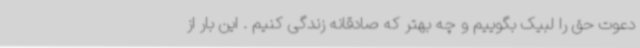
دعوت حق را لبیک بگوییم و چه بهتر که صادقانه زندگی کنیم . این بار از